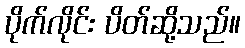
ပိုက်လိုင်း ပိတ်ဆို့သည်။